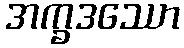
အက္ခဒဿော